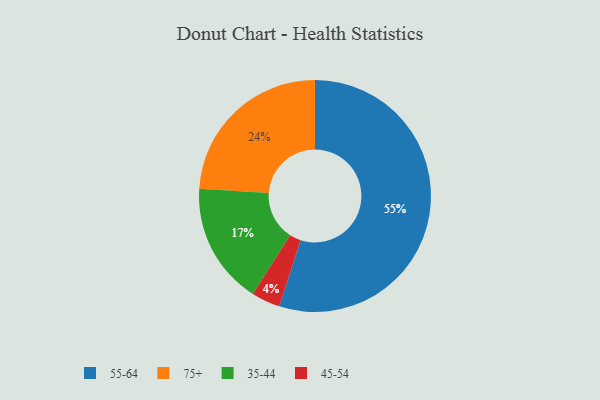
{"axis": {"x": "Category", "y": "Percentage"}, "legend": ["35-44", "45-54", "55-64", "75+"], "data": [{"x": "45-54", "y": 4, "type": "45-54"}, {"x": "35-44", "y": 17, "type": "35-44"}, {"x": "55-64", "y": 55, "type": "55-64"}, {"x": "75+", "y": 24, "type": "75+"}]}